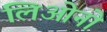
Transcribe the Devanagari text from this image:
लिओनो